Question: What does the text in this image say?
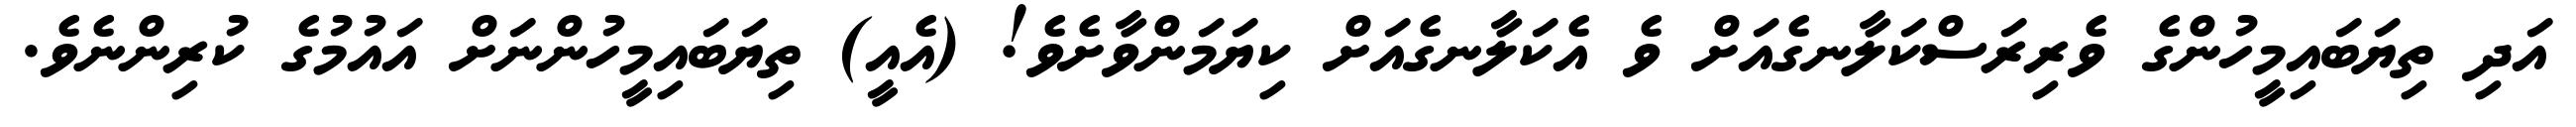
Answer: އަދި ތިޔަބައިމީހުންގެ ވެރިރަސްކަލާނގެއަށް ވެ އެކަލާނގެއަށް ކިޔަމަންވާށެވެ! (އެއީ) ތިޔަބައިމީހުންނަށް އައުމުގެ ކުރިންނެވެ.